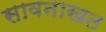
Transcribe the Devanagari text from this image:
सावनाखत